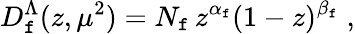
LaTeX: D_{\mathtt{f}}^{\Lambda}(z,\mu^{2})=N_{\mathtt{f}}\, z^{\alpha_{\mathtt{f}}}(1-z)^{\beta_{\mathtt{f}}}\; ,